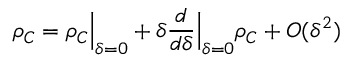
\rho _ { C } = \rho _ { C } \Big \vert _ { \delta = 0 } + \delta \frac { d } { d \delta } \Big \vert _ { \delta = 0 } \rho _ { C } + O ( \delta ^ { 2 } )